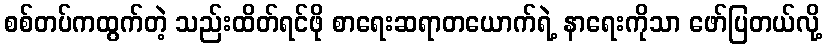
စစ်တပ်ကထွက်တဲ့ သည်းထိတ်ရင်ဖို စာရေးဆရာတယောက်ရဲ့ နာရေးကိုသာ ဖော်ပြတယ်လို့